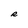
Character: R